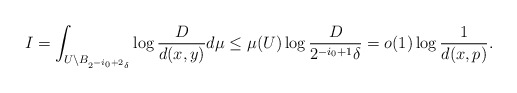
\begin{align*}I = \int_{U\setminus B_{2^{-i_0+2}\delta}} \log\frac D{d(x, y)} d\mu \leq \mu(U) \log \frac D{2^{-i_0 +1}\delta} = o(1)\log\frac 1{d(x, p)} .\end{align*}